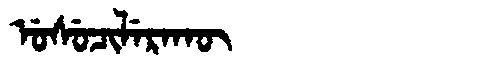
Manchu: ᡠᠰᡠᠴᡳᠯᡝᡵᠠᡴᡡ
Romanization: USUCILERAKŪ